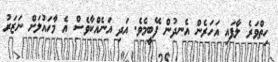
ހިތްވަރެ ލާފައި އަހަރެން އެނދުން ފޭބީމެވެ. އަދި އަނެއްކާވެސް އެ މާހައުލަށް ނަޒަރު